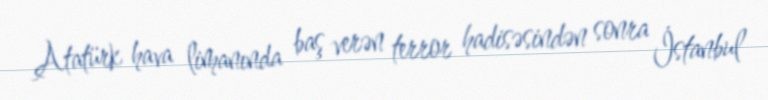
Atatürk hava limanında baş verən terror hadisəsindən sonra İstanbul